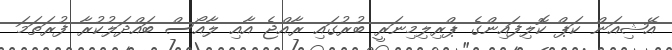
އޭޝިއަން ކަޕް ކޮލިފައިންގެ ޕްރިލިމިނަރީ ބުރުގައި ރާއްޖެ އާއި ލާއޯސް ބައްދަލުކުރާ ފުރަތަމަ